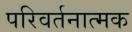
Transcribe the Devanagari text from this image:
परिवर्तनात्मक